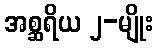
အစ္ဆရိယ ၂-မျိုး